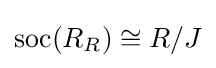
\mathrm {soc} (R_{R})\cong R/J